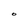
Character: O